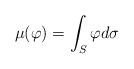
LaTeX: \begin{align*}\mu(\varphi)=\int_S \varphi d\sigma \end{align*}